Civil Veterinary Department Bengal reports 1923-33 - 1923-1933
Year: 1923
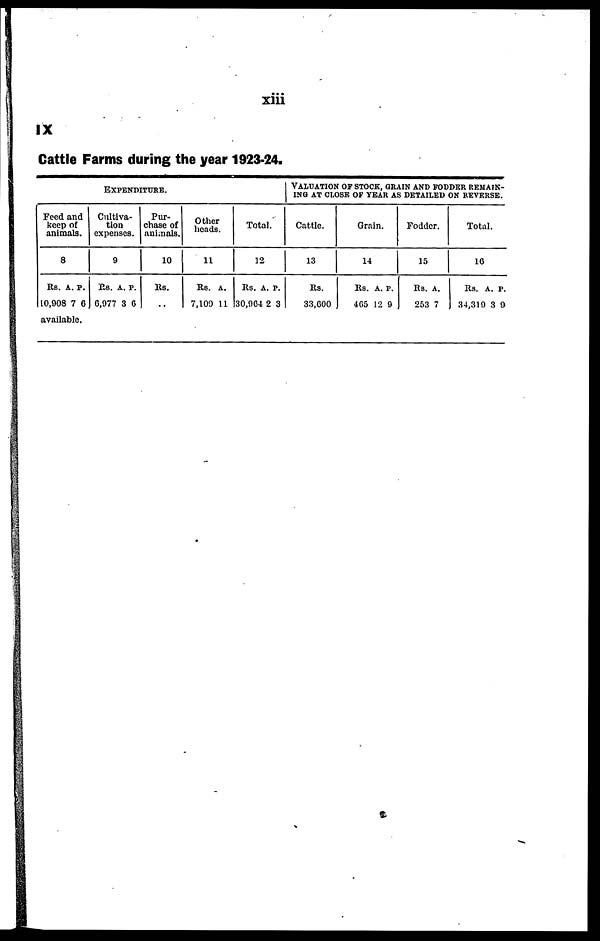
xiii
IX
Cattle Farms during the year 1923-24.
Feed and
keep of
animals.
8
Rs. A. P.
10,908 7 6
available.
EXPENDITURE.
Cultiva-
tion
expenses.
9
Rs. A. P.
6,977 3 6
Pur-
chase of
animals.
10
Rs.
..
Other
heads.
11
Rs. A.
7,109 11
Total.
12
Rs. A. P.
30,904 2 3
VALUATION OF STOCK, GRAIN AND FODDER REMAIN-
ING AT CLOSE OF YEAR AS DETAILED ON REVERSE.
Cattle.
13
Rs.
33,600
Grain.
14
Rs. A. P.
465 12 0
Fodder.
15
Rs. A.
253 7
Total.
10
Rs. A. P.
34,319 3 9